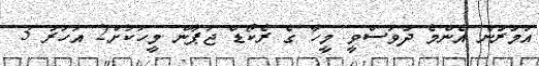
އުމުރުން އެންމެ ދުވަސްވީ މީހާ ގެ ރެކޯޑް ޖަޕާން މީހަކަށް2 އަހަރު 3